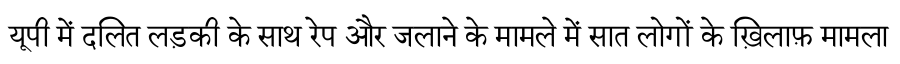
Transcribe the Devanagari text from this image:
यूपी में दलित लड़की के साथ रेप और जलाने के मामले में सात लोगों के ख़िलाफ़ मामला